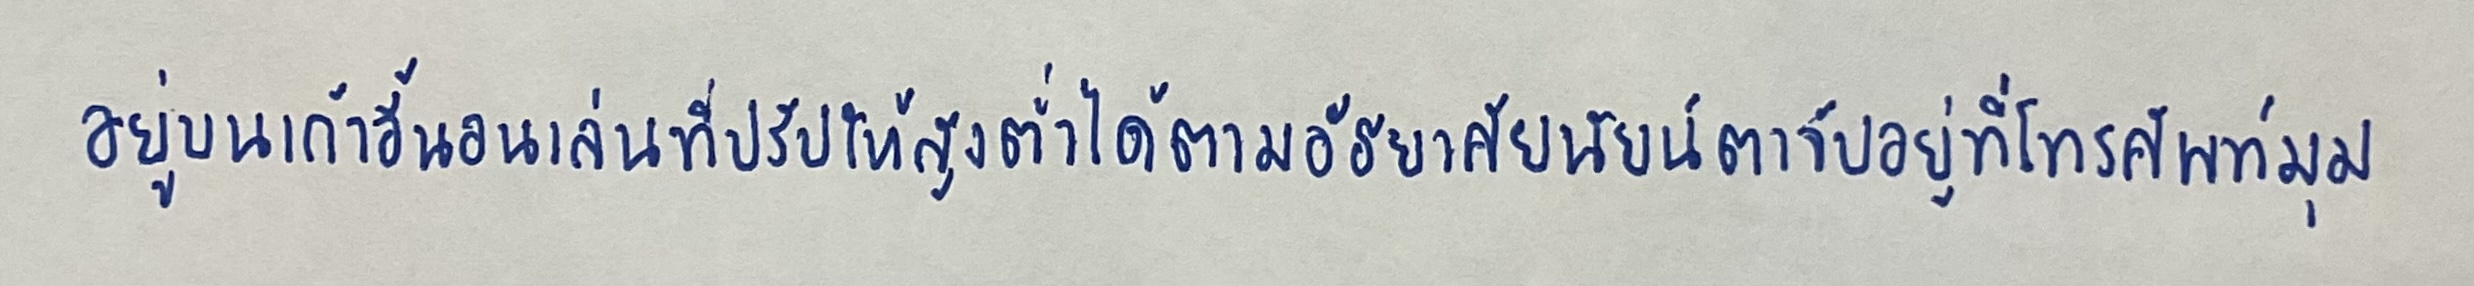
อยู่บนเก้าอี้นอนเล่นที่ปรับให้สูงต่ำได้ตามอัธยาศัยนัยน์ตาจับอยู่ที่โทรศัพท์มุม